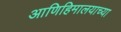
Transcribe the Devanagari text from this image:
आणिहिमालयाच्या